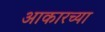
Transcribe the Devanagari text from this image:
आकारच्या